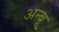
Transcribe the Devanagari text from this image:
अन्बू